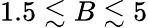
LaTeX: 1.5\lesssim B\lesssim 5